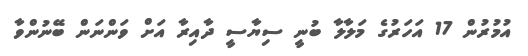
އުމުރުން 17 އަހަރުގެ މަލާލާ ބުނީ ސިޔާސީ ދާއިރާ އަށް ވަންނަން ބޭނުންވާ